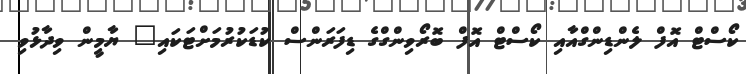
ކޯސްޓް އޮފް ލެންޑިންގްއާއި ކޯސްޓް އޮފް ބޮރޯވިންގްގެ ޑިފަރަންސް ކުޑަކުރުމަށްޓަކައި" ޔާމީން ވިދާޅުވި